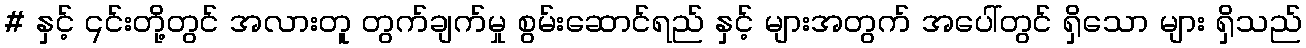
# နှင့် ၎င်းတို့တွင် အလားတူ တွက်ချက်မှု စွမ်းဆောင်ရည် နှင့် များအတွက် အပေါ်တွင် ရှိသော များ ရှိသည်